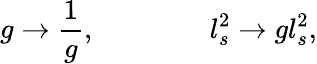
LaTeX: g\rightarrow{\frac{1}{g}},\qquad\qquad l_{s}^{2}\rightarrow gl_{s}^{2},